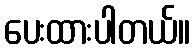
ပေးထားပါတယ်။